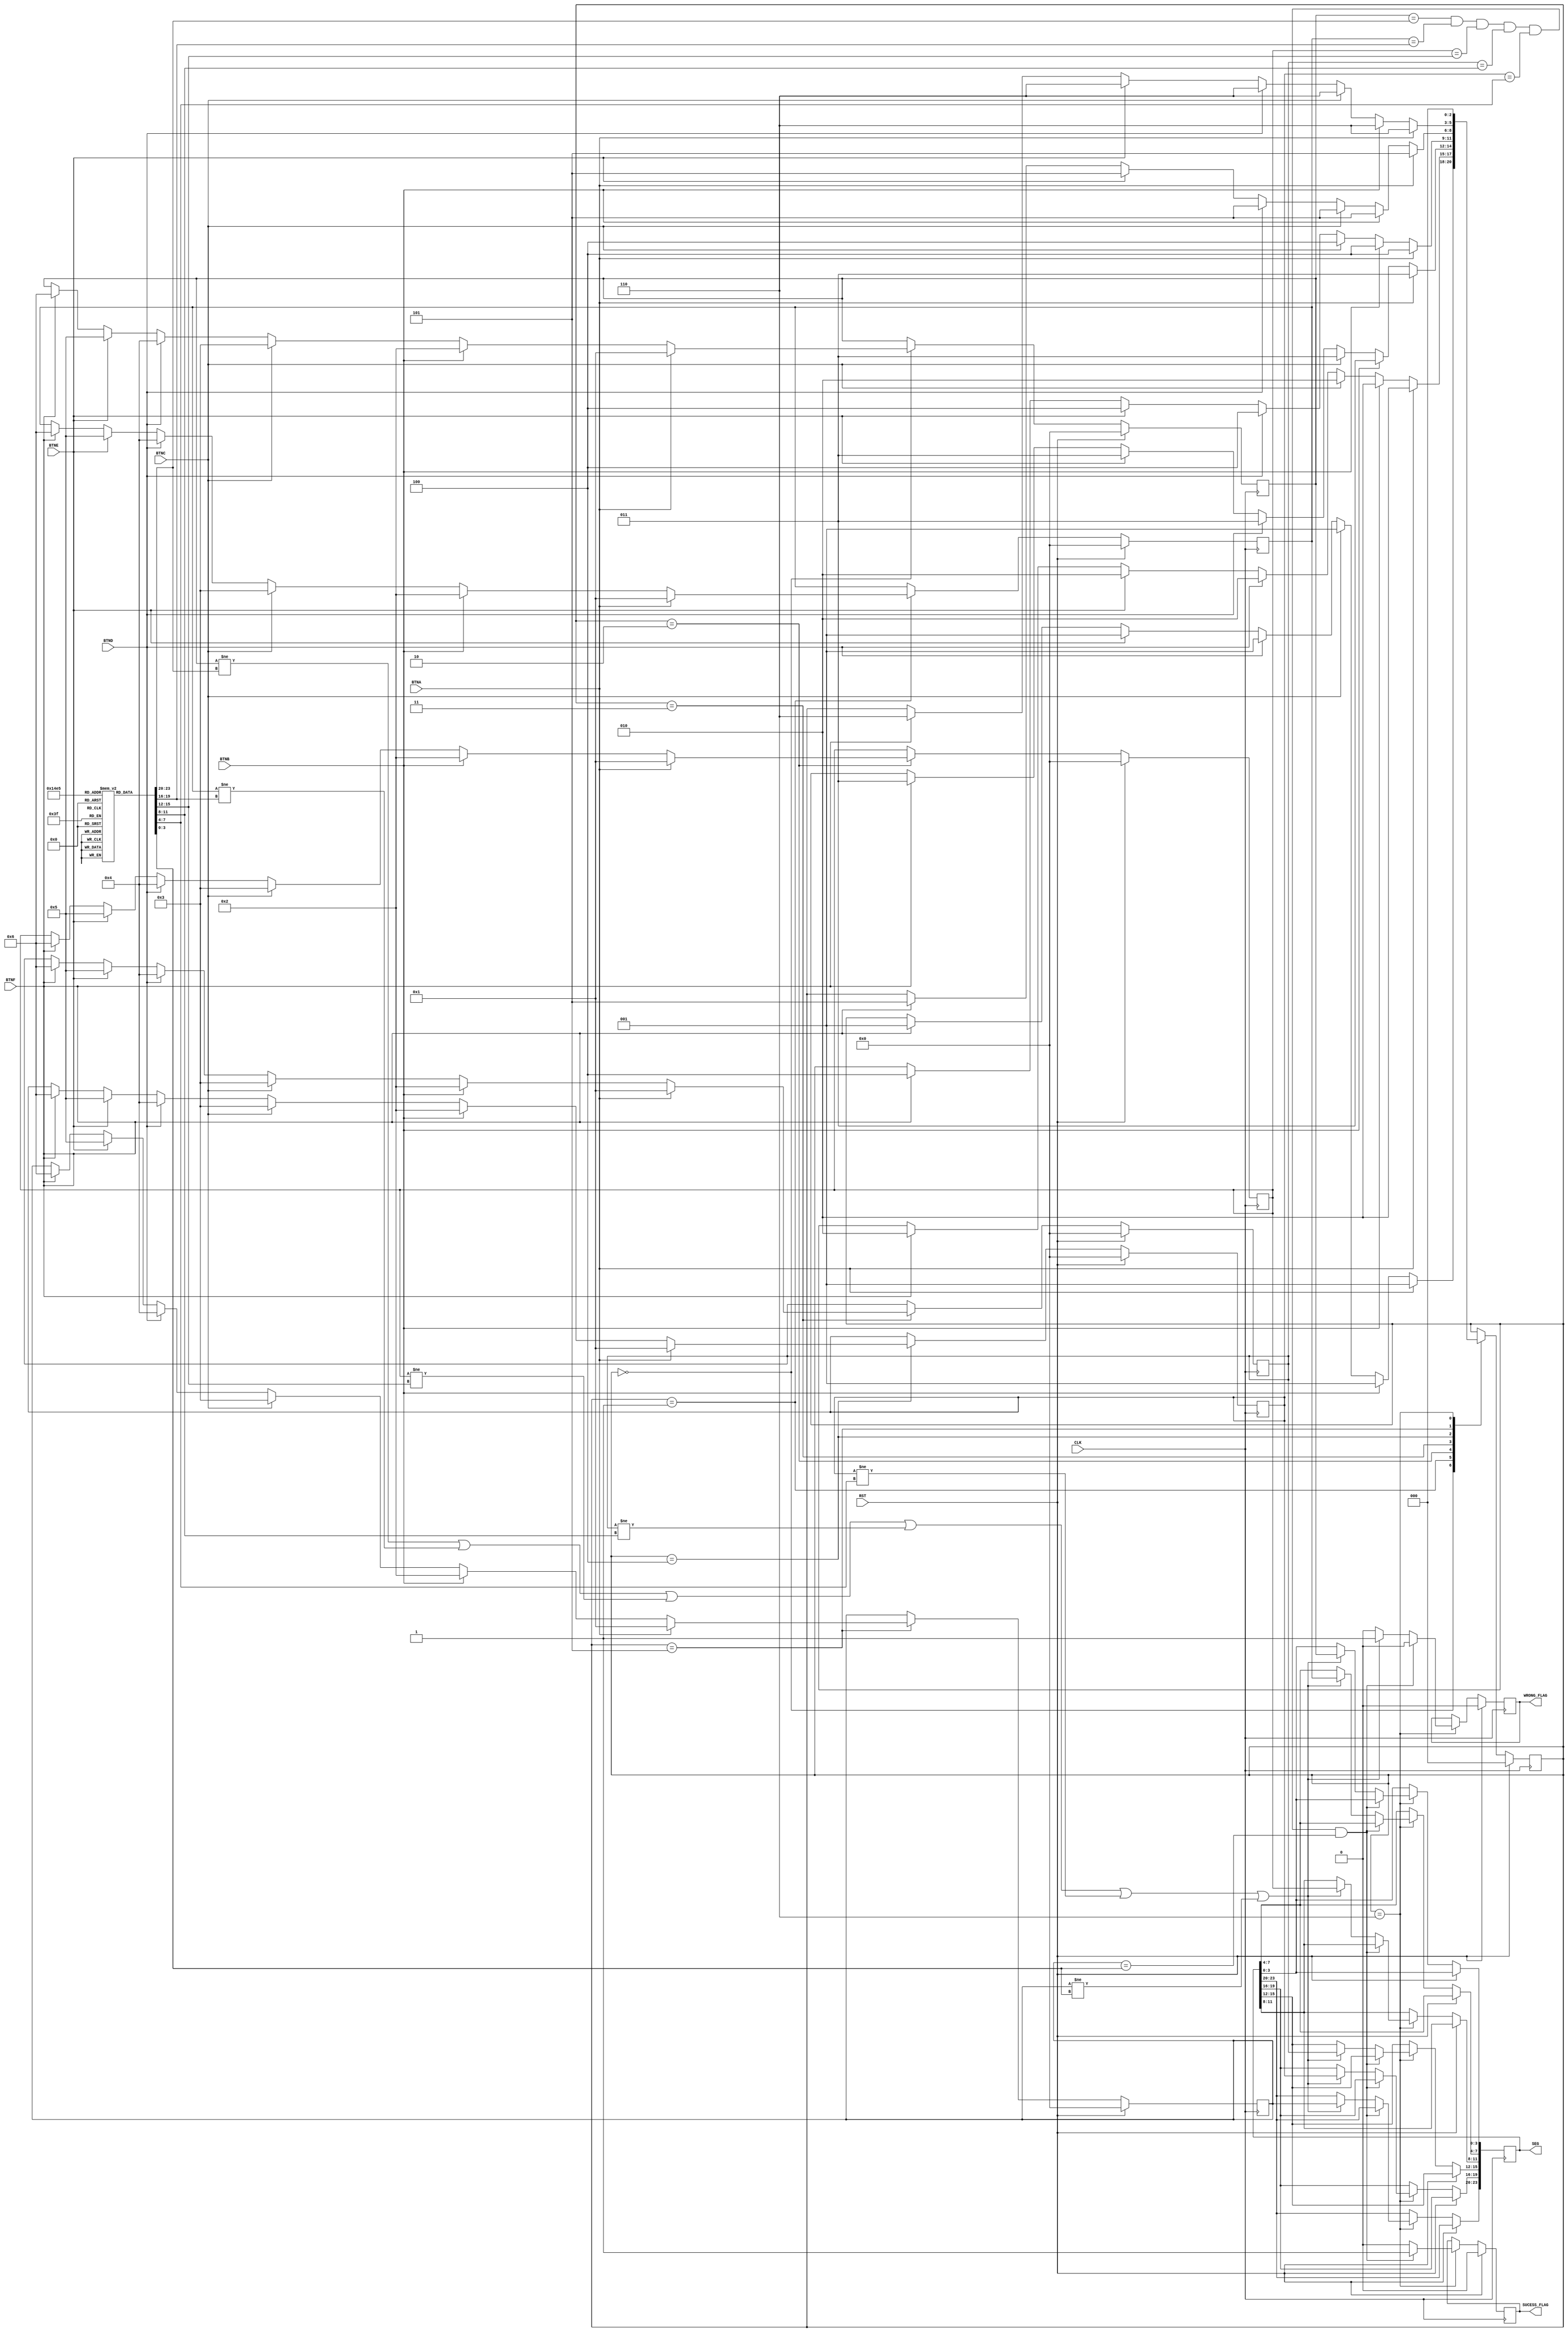
`define  S0 4'd0
`define  S1 4'd1
`define  S2 4'd2
`define  S3 4'd3
`define 	S4 4'd4
`define	S5 4'd5
`define 	S6 4'd6

module FSM(
input CLK,
input RST,
input BTNA,
input BTNB,
input BTNC,
input BTND,
input BTNE,
input BTNF,
output reg [23:0]SEG,
output reg SUCESS_FLAG,
output reg WRONG_FLAG
);

reg [2:0]state;
reg [3:0]data [0:5];
reg [3:0]sucess_comb [0:5];

integer i;

initial begin
	state = `S0;	
	sucess_comb[0] = 4'd1;
	sucess_comb[1] = 4'd2;
	sucess_comb[2] = 4'd3;
	sucess_comb[3] = 4'd4;
	sucess_comb[4] = 4'd5;
	sucess_comb[5] = 4'd6;
end

always@(posedge CLK)
begin
	if(RST) begin
		state <= `S0;
		for(i=0; i < 6; i = i + 1)
			data[i] <= 0;
		SUCESS_FLAG <= 0;
		WRONG_FLAG <= 0;
	end
	else begin 
		case(state)
		`S0:
			begin 
				if(BTNA) begin
					data[0] <= 4'd1;
					state <= `S1;
				end
				else if (BTNB) begin
					data[0] <= 4'd2;
					state <= `S1;
				end
				else if (BTNC) begin
					data[0] <= 4'd3;
					state <= `S1;
				end
				else if (BTND) begin
					data[0] <= 4'd4;
					state <= `S1;
				end
				else if (BTNE) begin
					data[0] <= 4'd5;
					state <= `S1;
				end
				else if (BTNF) begin
					data[0] <= 4'd6;
					state <= `S1;
				end
			end
			
		`S1:
			begin 
				if(BTNA) begin
					data[1] <= 4'd1;
					state <= `S2;
				end
				else if (BTNB) begin
					data[1] <= 4'd2;
					state <= `S2;
				end
				else if (BTNC) begin
					data[1] <= 4'd3;
					state <= `S2;
				end
				else if (BTND) begin
					data[1] <= 4'd4;
					state <= `S2;
				end
				else if (BTNE) begin
					data[1] <= 4'd5;
					state <= `S2;
				end
				else if (BTNF) begin
					data[1] <= 4'd6;
					state <= `S2;
				end
			end
			
		`S2:
			begin
				if(BTNA) begin
					data[2] <= 4'd1;
					state <= `S3;
				end
				else if (BTNB) begin
					data[2] <= 4'd2;
					state <= `S3;
				end
				else if (BTNC) begin
					data[2] <= 4'd3;
					state <= `S3;
				end
				else if (BTND) begin
					data[2] <= 4'd4;
					state <= `S3;
				end
				else if (BTNE) begin
					data[2] <= 4'd5;
					state <= `S3;
				end
				else if (BTNF) begin
					data[2] <= 4'd6;
					state <= `S3;
				end
			end
		`S3:
			begin
				if(BTNA) begin
					data[3] <= 4'd1;
					state <= `S4;
				end
				else if (BTNB) begin
					data[3] <= 4'd2;
					state <= `S4;
				end
				else if (BTNC) begin
					data[3] <= 4'd3;
					state <= `S4;
				end
				else if (BTND) begin
					data[3] <= 4'd4;
					state <= `S4;
				end
				else if (BTNE) begin
					data[3] <= 4'd5;
					state <= `S4;
				end
				else if (BTNF) begin
					data[3] <= 4'd6;
					state <= `S4;
				end
			end
		`S4:
			begin
				if(BTNA) begin
					data[4] <= 4'd1;
					state <= `S5;
				end
				else if (BTNB) begin
					data[4] <= 4'd2;
					state <= `S5;
				end
				else if (BTNC) begin
					data[4] <= 4'd3;
					state <= `S5;
				end
				else if (BTND) begin
					data[4] <= 4'd4;
					state <= `S5;
				end
				else if (BTNE) begin
					data[4] <= 4'd5;
					state <= `S5;
				end
				else if (BTNF) begin
					data[4] <= 4'd6;
					state <= `S5;
				end
			end
		`S5:
			begin 
				if(BTNA) begin
					data[5] <= 4'd1;
					state <= `S6;
				end
				else if (BTNB) begin
					data[5] <= 4'd2;
					state <= `S6;
				end
				else if (BTNC) begin
					data[5] <= 4'd3;
					state <= `S6;
				end
				else if (BTND) begin
					data[5] <= 4'd4;
					state <= `S6;
				end
				else if (BTNE) begin
					data[5] <= 4'd5;
					state <= `S6;
				end
				else if (BTNF) begin
					data[5] <= 4'd6;
					state <= `S6;
				end
			end
		`S6:
			begin
				if((data[0] == sucess_comb[0])&
				(data[1] == sucess_comb[1])&
				(data[2] == sucess_comb[2])&
				(data[3] == sucess_comb[3])&
				(data[4] == sucess_comb[4])&
				(data[5] == sucess_comb[5])) begin
					SUCESS_FLAG <= 1;
					WRONG_FLAG <= 0;
					state <= `S0;
				end
				else if((data[0] != sucess_comb[0])|
				(data[1] != sucess_comb[1])|
				(data[2] != sucess_comb[2])|
				(data[3] != sucess_comb[3])|
				(data[4] != sucess_comb[4])|
				(data[5] != sucess_comb[5])) begin
					WRONG_FLAG <= 1;
					SUCESS_FLAG <= 0;
					SEG[3:0] <= data[0];
					SEG[7:4] <= data[1];
					SEG[11:8] <= data[2];
					SEG[15:12] <= data[3];
					SEG[19:16] <= data[4];
					SEG[23:20] <= data[5];
					state <= `S0;
				end	
				else begin
					SUCESS_FLAG <= 0;
					WRONG_FLAG <= 0;
					state <= `S0;
				end
			end
		endcase
	end
end
endmodule